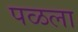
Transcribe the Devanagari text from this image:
पळला